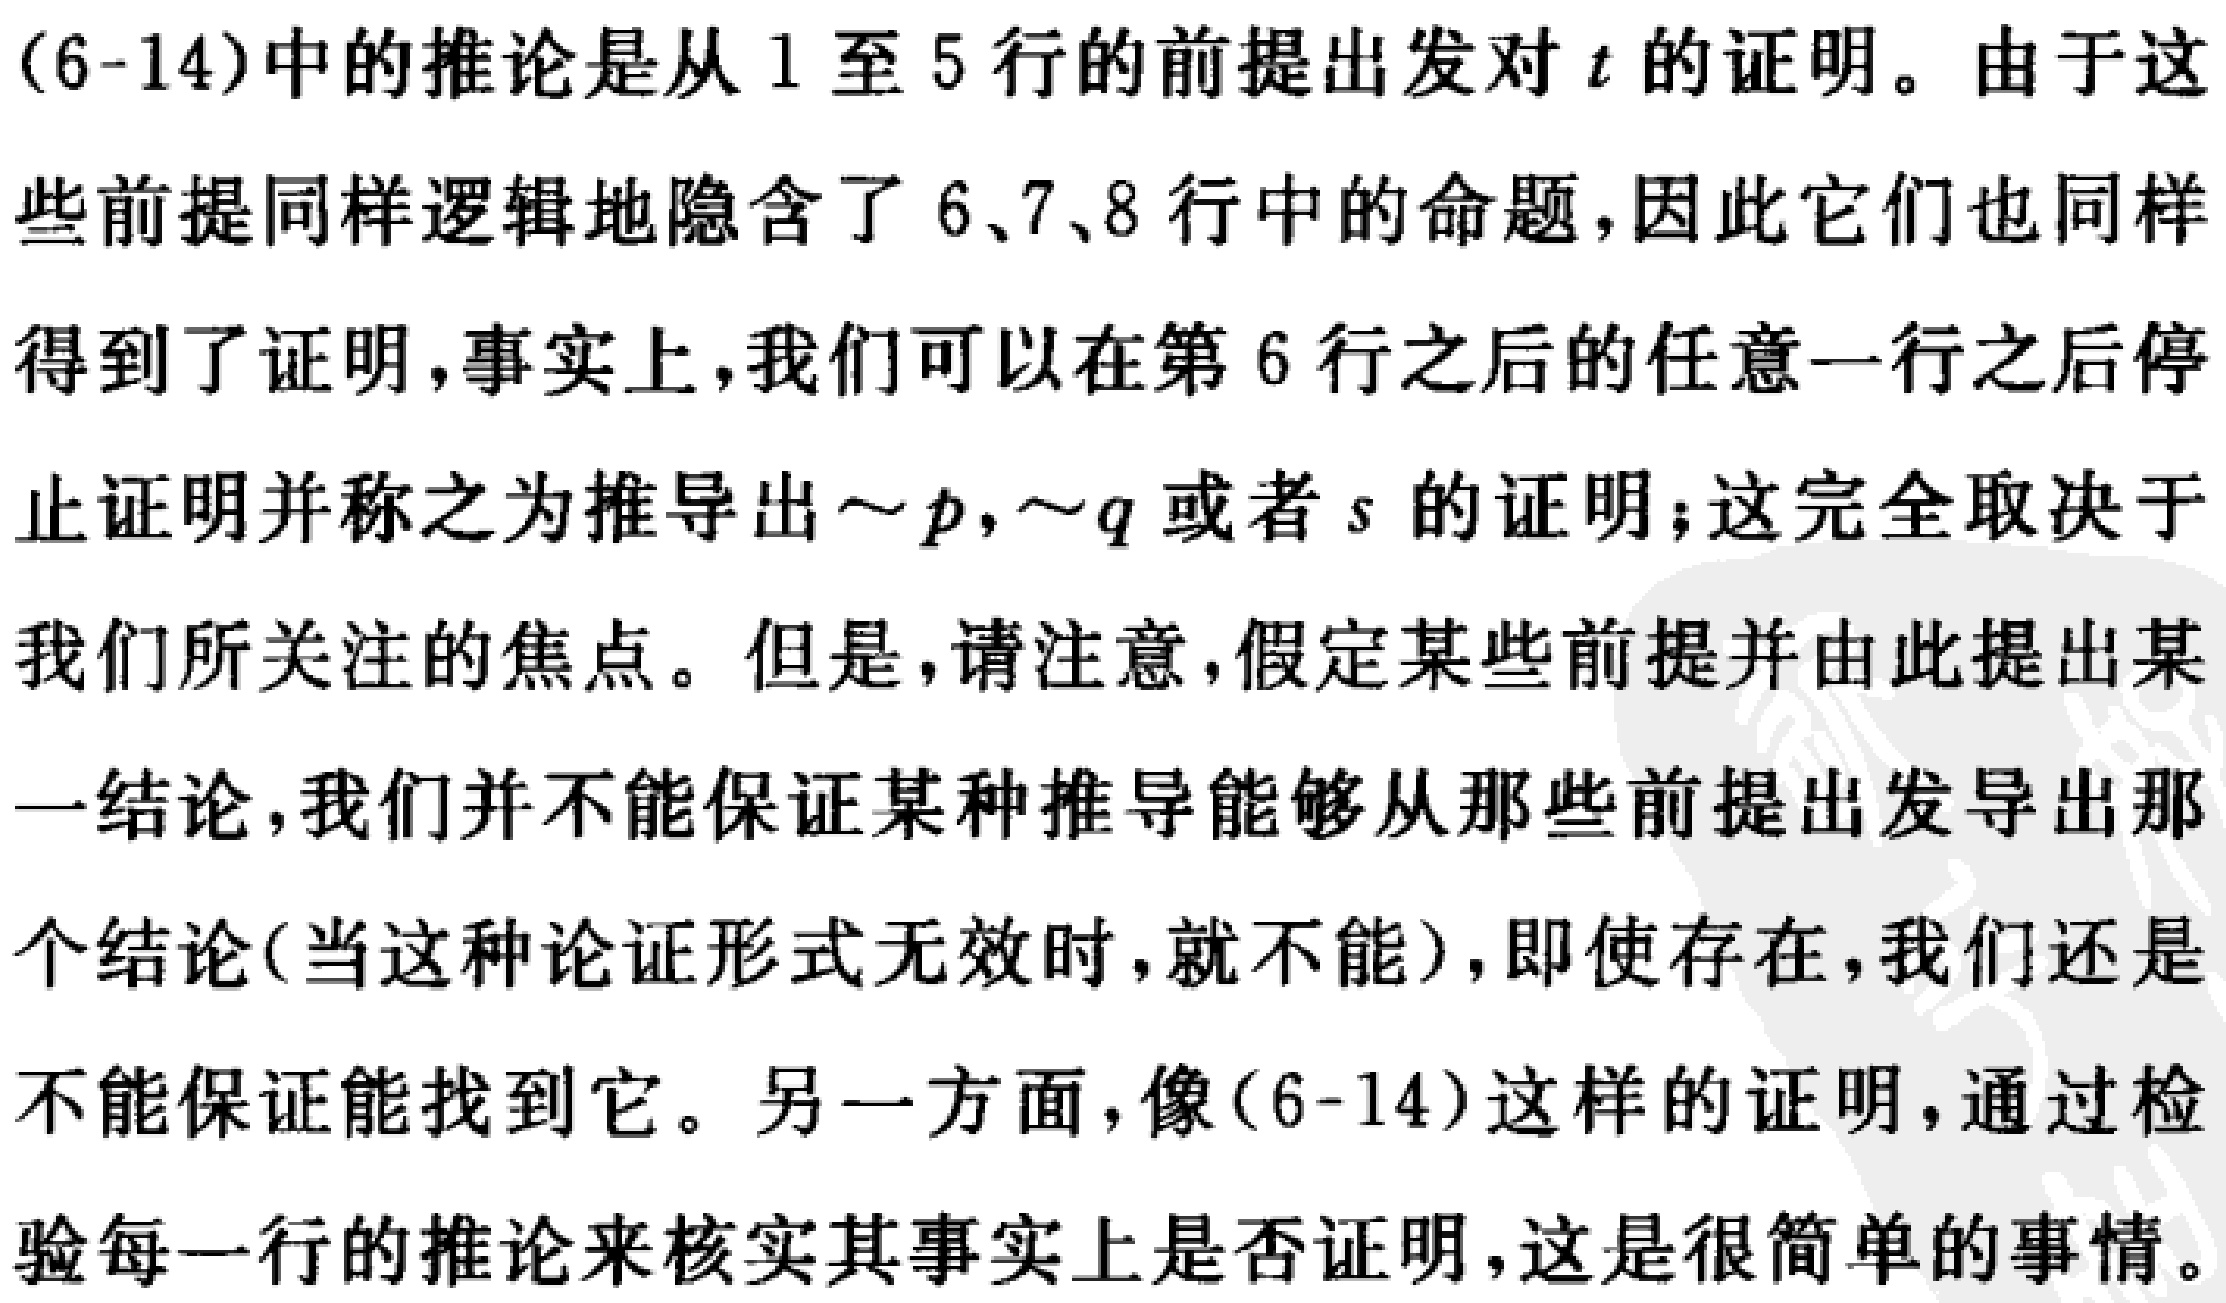
(6-14)中的推论是从1至5行的前提出发对\(t\)的证明。由于这些前提同样逻辑地隐含了6、7、8行中的命题，因此它们也同样得到了证明,事实上，我们可以在第6行之后的任意一行之后停止证明并称之为推导出\(\sim p,\sim q\)或者\(s\)的证明；这完全取决于我们所关注的焦点。但是,请注意，假定某些前提并由此提出某一结论，我们并不能保证某种推导能够从那些前提出发导出那个结论(当这种论证形式无效时，就不能)，即使存在，我们还是不能保证能找到它。另一方面，像(6-14)这样的证明，通过检验每一行的推论来核实其事实上是否证明，这是很简单的事情。